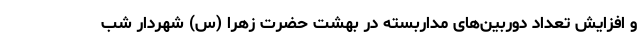
و افزایش تعداد دوربین‌های مداربسته در بهشت حضرت زهرا (س) شهردار شب